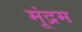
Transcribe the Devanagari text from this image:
मूंद्रम